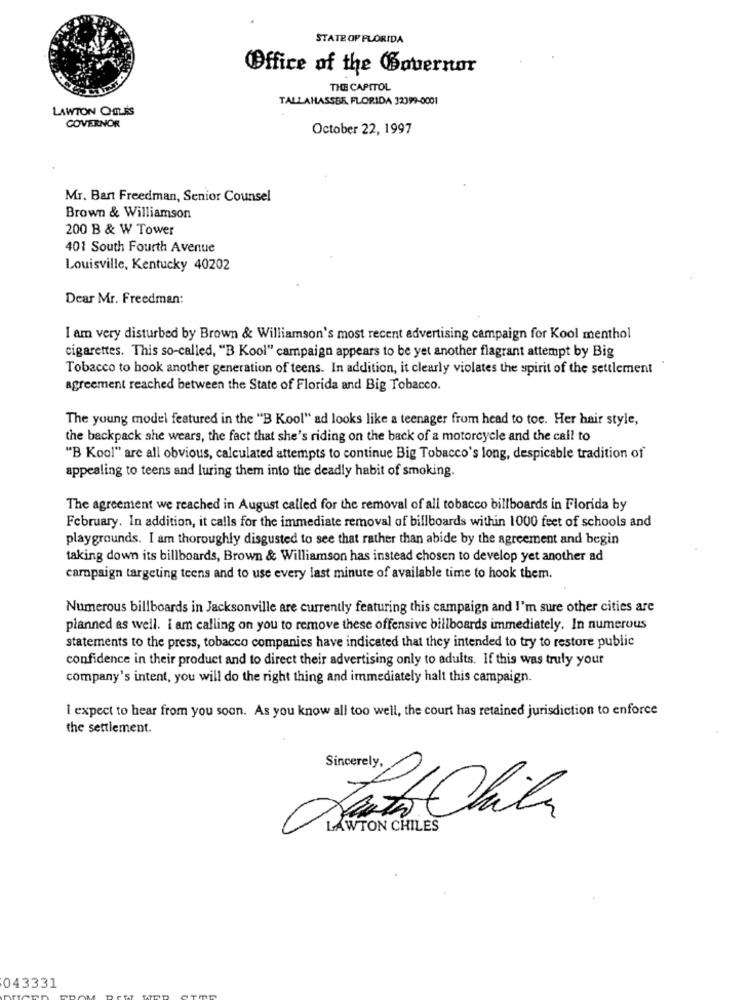
STATE OF FLORIDA
Office of the Governor
THE CAPITOL
TALLAHASSEE, FLORIDA 32399-0001
LAWTON QHOLES
GOVERNOR
October 22, 1997
Mr. Bart Freedman, Senior Counsel
Brown & Williamson
200 B & W Tower
401 South Fourth Avenue
Louisville, Kentucky 40202
Dear Mr. Freedman:
I am very disturbed by Brown & Williamson's most recent advertising campaign for Kool menthol
cigarettes. This so-called, "B Kool" campaign appears to be yet another flagrant attempt by Big
Tobacco to hook another generation of teens. In addition, it clearly violates the spirit of the settlement
agreement reached between the State of Florida and Big Tobacco.
The young model featured in the "B Kool" ad looks like a teenager from head to toe. Her hair style,
the backpack she wears, the fact that she's riding on the back of a motorcycle and the call to
"B Kool" are all obvious, calculated attempts to continue Big Tobacco's long, despicable tradition of
appealing to teens and luring them into the deadly habit of smoking.
The agreement we reached in August called for the removal of all tobacco billboards in Florida by
February. In addition, it calls for the immediate removal of billboards within 1000 feet of schools and
playgrounds. I am thoroughly disgusted to see that rather than abide by the agreement and begin
taking down its billboards, Brown & Williamson has instead chosen to develop yet another ad
campaign targeting teens and to use every last minute of available time to hook them.
Numerous billboards in Jacksonville are currently featuring this campaign and I'm sure other cities are
planned as well. I am calling on you to remove these offensive billboards immediately. In numerous
statements to the press, tobacco companies have indicated that they intended to try to restore public
confidence in their product and to direct their advertising only to adults. If this was truly your
company's intent, you will do the right thing and immediately halt this campaign.
I expect to hear from you soon. As you know all too well, the court has retained jurisdiction to enforce
the settlement.
Sincerely,
Testo Chila
LAWTON CHILES
043331